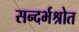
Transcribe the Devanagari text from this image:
सन्दर्भश्रोत